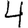
Digit: 4